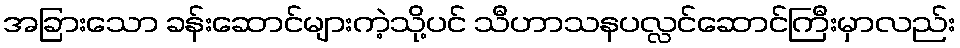
အခြားသော ခန်းဆောင်များကဲ့သို့ပင် သီဟာသနပလ္လင်ဆောင်ကြီးမှာလည်း